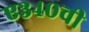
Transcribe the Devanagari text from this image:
ए३४०ची